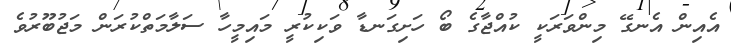
އެއިން އެނގޭ މިންވަރަކީ ކުއްޖާގެ ބޯ ހަށިގަނޑާ ވަކިކުރީ މައިމީހާ ސަލާމަތްކުރަން މަޖުބޫރުވެ